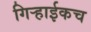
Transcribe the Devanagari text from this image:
गिर्‍हाईकच